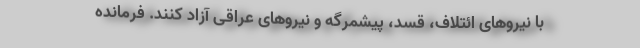
با نیروهای ائتلاف، قسد، پیشمرگه و نیروهای عراقی آزاد کنند. فرمانده